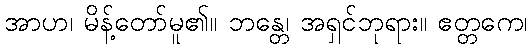
အာဟ၊ မိန့်တော်မူ၏။ ဘန္တေ၊ အရှင်ဘုရား။ ဧတ္တကေ၊